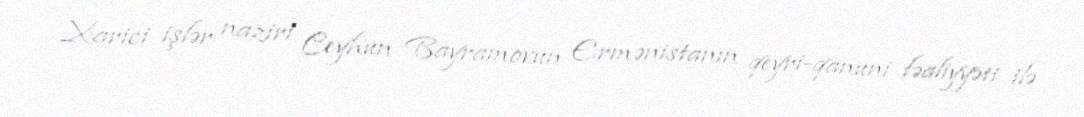
Xarici işlər naziri Ceyhun Bayramovun Ermənistanın qeyri-qanuni fəaliyyəti ilə